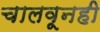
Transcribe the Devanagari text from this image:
चालवूनही